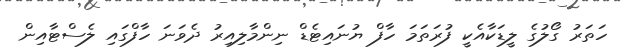
ހަތަރު ގޯލުގެ ލީޑަކާއެކީ ފުރަތަމަ ހާފް ޔުނައިޓެޑް ނިންމާލިއިރު ދެވަނަ ހާފްގައި ލެސްޓާއިން